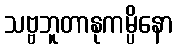
သဗ္ဗဘူတာနုကမ္ပိနော